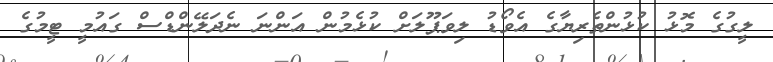
ލީގުގެ މޮޅު ކުޅުންތެރިޔާގެ އެވޯޑު ލިވަޕޫލަށް ކުޅެމުން އަންނަ ނެދަލޭންޑްސް ގައުމީ ޓީމުގެ